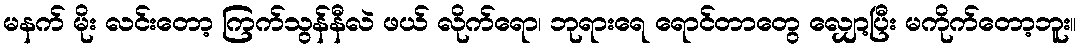
မနက် မိုး လင်းတော့ ကြက်သွန်နီလဲ ဖယ် လိုက်ရော၊ ဘုရားရေ ရောင်တာတွေ လျှော့ပြီး မကိုက်တော့ဘူး။